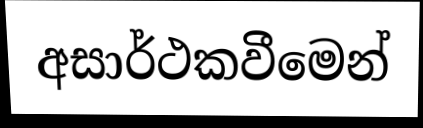
අසාර්ථකවීමෙන්